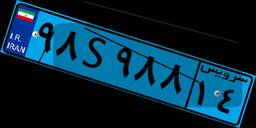
۹۰S۱۴۱۰۵